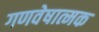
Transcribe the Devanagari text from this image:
गणवेषात्मक